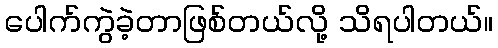
ပေါက်ကွဲခဲ့တာဖြစ်တယ်လို့ သိရပါတယ်။